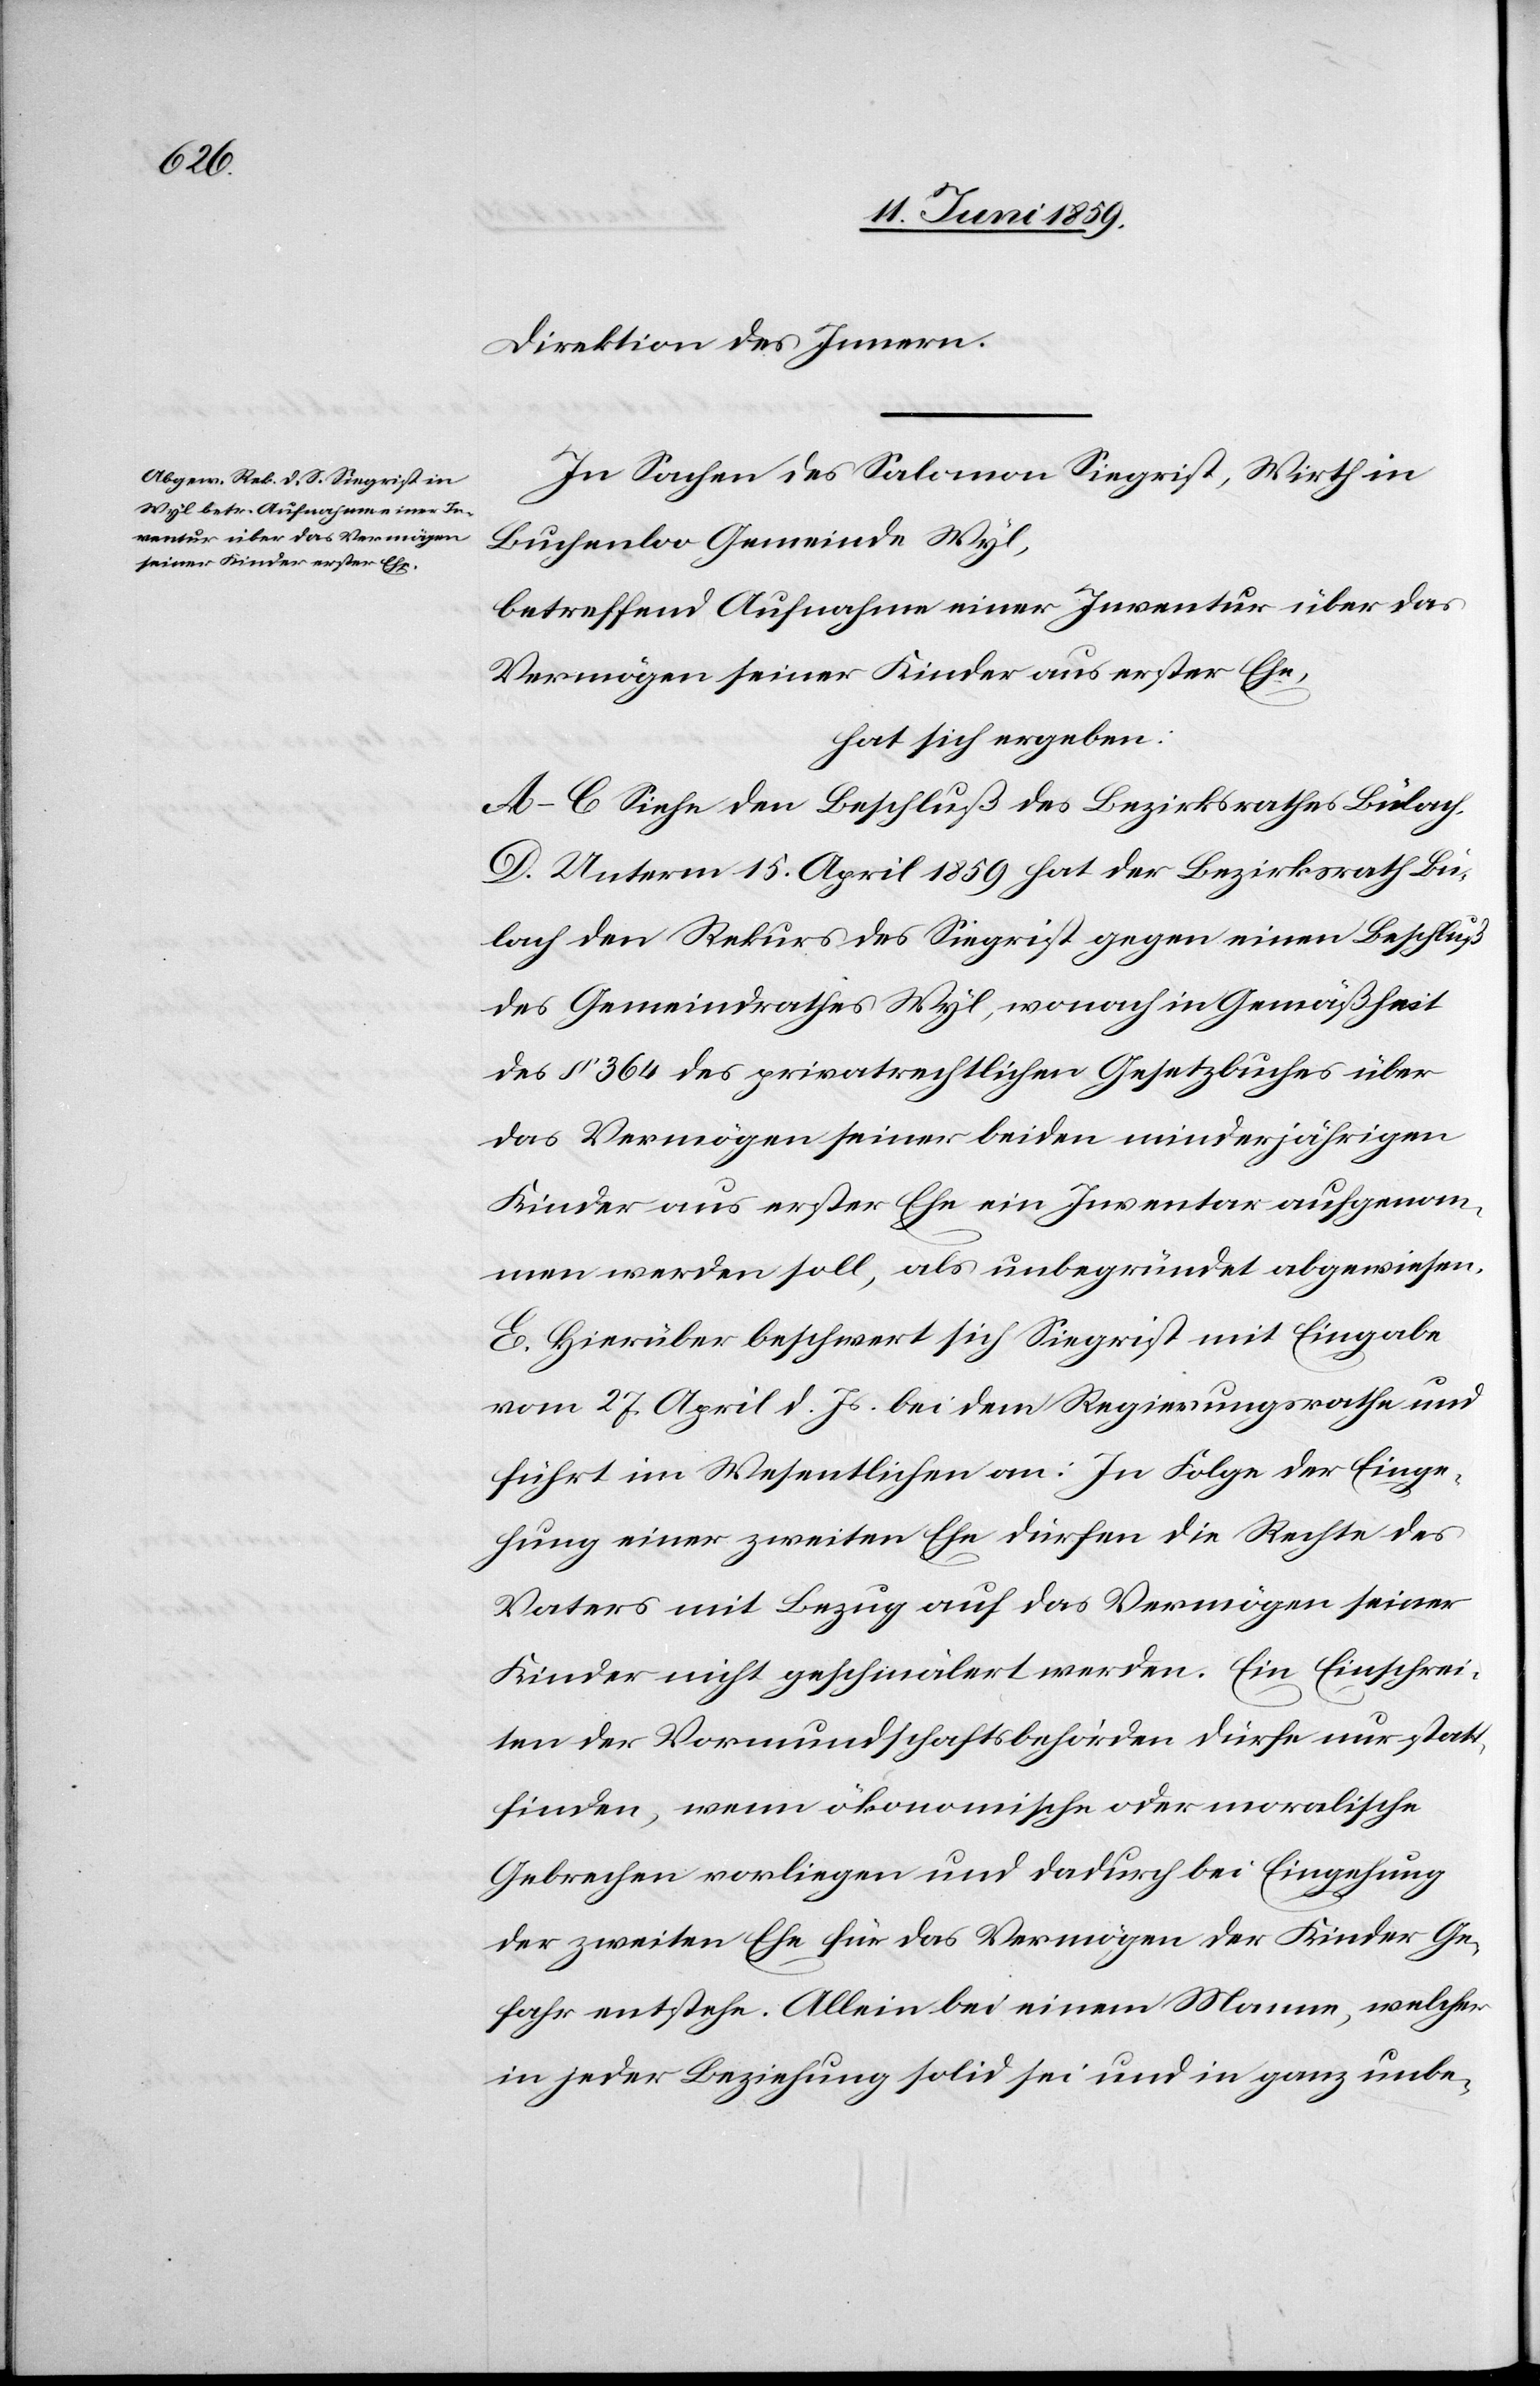
Direktion des Innern.
In Sachen des Salomon Siegrist, Wirth in
Buchenloo Gemeinde Wyl,
betreffend Aufnahme einer Inventur über das
Vermögen seiner Kinder aus erster Ehe,
hat sich ergeben:
A–C Siehe den Beschluß des Bezirksrathes Bülach.
D. Unterm 15. April 1859 hat der Bezirksrath Bü¬
lach den Rekurs des Siegrist gegen einen Beschluß
des Gemeindrathes Wyl, wonach in Gemäßheit
des § 364 des privatrechtlichen Gesetzbuches über
das Vermögen seiner beiden minderjährigen
Kinder aus erster Ehe ein Inventar aufgenom¬
men werden soll, als unbegründet abgewiesen.
E. Hierüber beschwert sich Siegrist mit Eingabe
vom 27. April d. Js. bei dem Regierungsrathe und
führt im Wesentlichen an: In Folge der Einge¬
hung einer zweiten Ehe dürfen die Rechte des
Vaters mit Bezug auf das Vermögen seiner
Kinder nicht geschmälert werden. Ein Einschrei¬
ten der Vormundschaftsbehörden dürfe nur statt¬
finden, wenn ökonomische oder moralische
Gebrechen vorliegen und dadurch bei Eingehung
der zweiten Ehe für das Vermögen der Kinder Ge¬
fahr entstehe. Allein bei einem Manne, welcher
in jeder Beziehung solid sei und in ganz unbe-